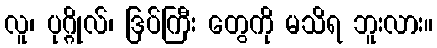
လူ၊ ပုဂ္ဂိုလ်၊ ဒြပ်ကြီး တွေကို မသိရ ဘူးလား။